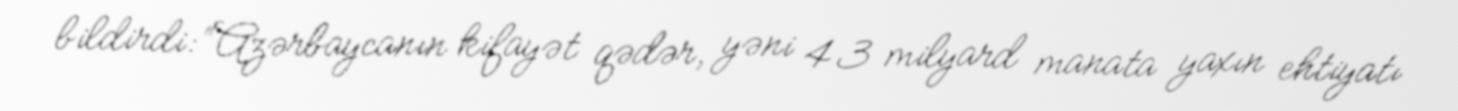
bildirdi: “Azərbaycanın kifayət qədər, yəni 43 milyard manata yaxın ehtiyatı